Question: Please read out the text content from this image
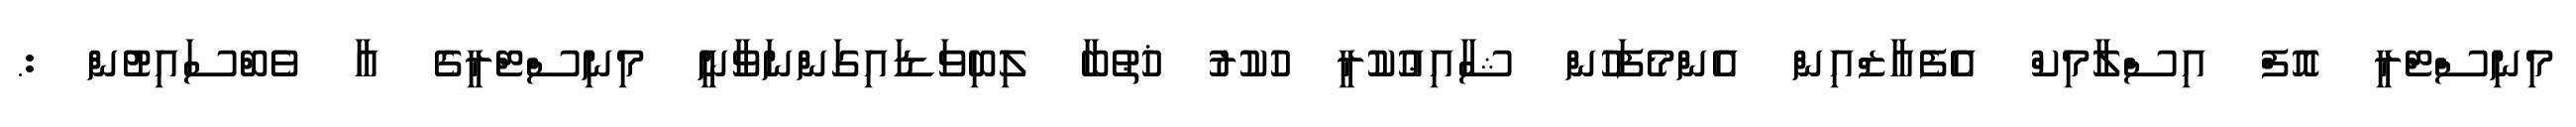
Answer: މިނިސްޓްރީ އޮފް އިސްލާމިކް އެފެއާޒްއިން އެންމެފަހުން ޝާއިޢުކުރީ ހުކުރު ޚުޠުބާ ލިބިވަޑައިގަންނަވާނީ މިނިސްޓްރީގެ އާ ވެބްސައިޓުން :.